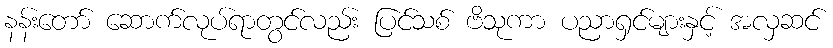
နန်းတော် ဆောက်လုပ်ရာတွင်လည်း ပြင်သစ် ဗိသုကာ ပညာရှင်များနှင့် အလှဆင်